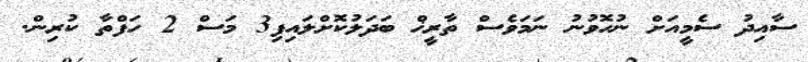
ސާއިދު ސެމީއަށް ނުހޮވުނު ނަމަވެސް ތާރީޚް ބަދަލުކޮށްލައިފި3 މަސް 2 ހަފްތާ ކުރިން.